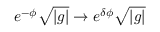
e ^ { - \phi } \sqrt { | g | } \rightarrow e ^ { \delta \phi } \sqrt { | g | }